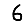
Digit: 6